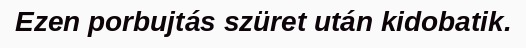
Ezen porbujtás szüret után kidobatik.